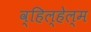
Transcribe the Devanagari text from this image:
व्हिल्हेल्म